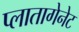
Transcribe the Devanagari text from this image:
प्लातागेनेट